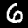
Label: 6